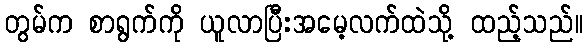
တွမ်က စာရွက်ကို ယူလာပြီးအမေ့လက်ထဲသို့ ထည့်သည်။